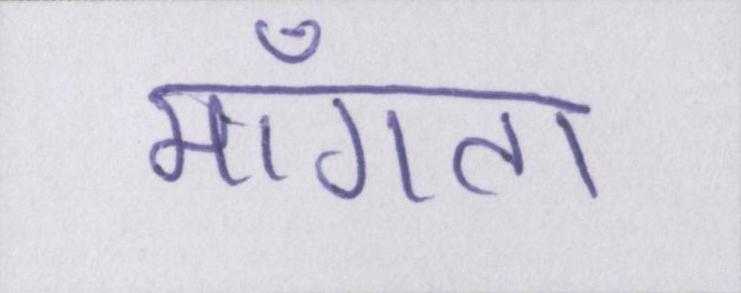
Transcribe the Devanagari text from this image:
माँगता